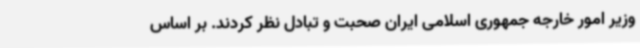
وزیر امور خارجه جمهوری اسلامی ایران صحبت و تبادل نظر کردند. بر اساس